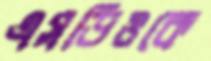
এসডিওকে